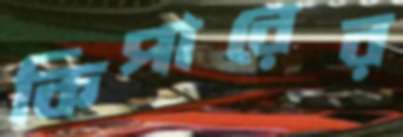
কিপারের